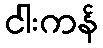
ငါးကန်